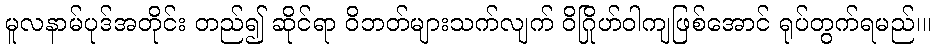
မူလနာမ်ပုဒ်အတိုင်း တည်၍ ဆိုင်ရာ ဝိဘတ်များသက်လျက် ဝိဂြိုဟ်ဝါကျဖြစ်အောင် ရုပ်တွက်ရမည်၊။